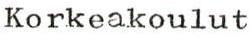
Korkeakoulut